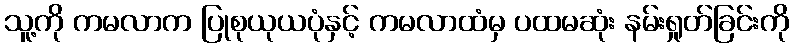
သူ့ကို ကမလာက ပြုစုယုယပုံနှင့် ကမလာထံမှ ပထမဆုံး နမ်းရှုတ်ခြင်းကို